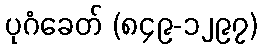
ပုဂံခေတ် (၈၄၉-၁၂၉၇)